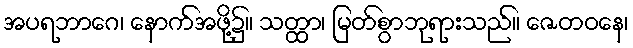
အပရဘာဂေ၊ နောက်အဖို့၌။ သတ္ထာ၊ မြတ်စွာဘုရားသည်။ ဇေတဝနေ၊